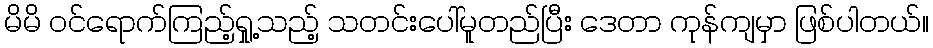
မိမိ ဝင်ရောက်ကြည့်ရှု့သည့် သတင်းပေါ်မူတည်ပြီး ဒေတာ ကုန်ကျမှာ ဖြစ်ပါတယ်။